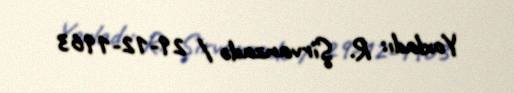
Yoxladı: R. Şirvanzadə / 29-12-1963